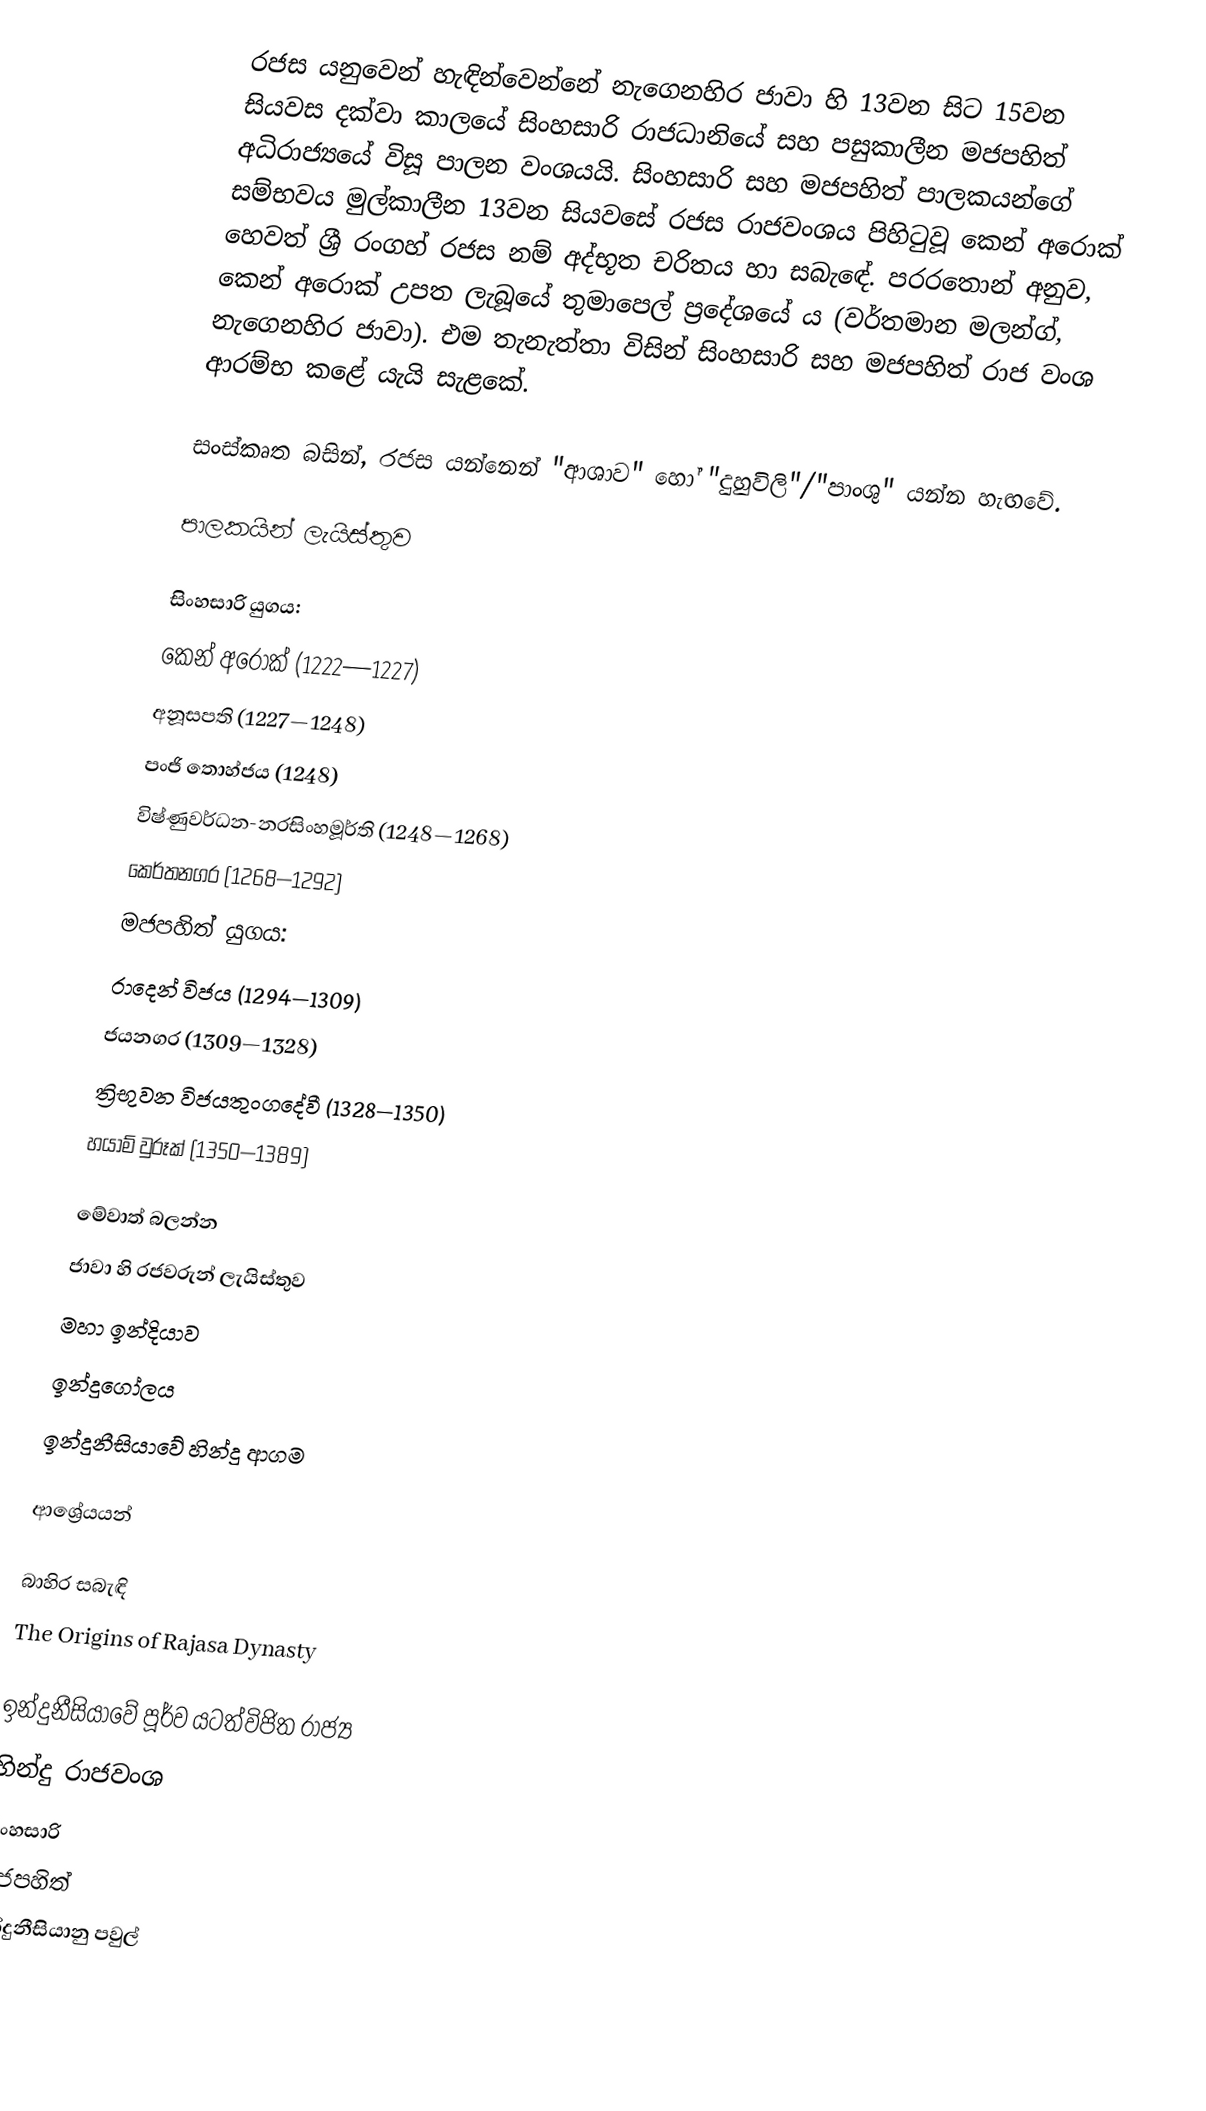
රජස යනුවෙන් හැඳින්වෙන්නේ නැගෙනහිර ජාවා හි 13වන සිට 15වන සියවස දක්වා කාලයේ සිංහසාරි රාජධානියේ සහ පසුකාලීන මජපහිත් අධිරාජ්‍යයේ විසූ පාලන වංශයයි. සිංහසාරි සහ මජපහිත් පාලකයන්ගේ සම්භවය මුල්කාලීන 13වන සියවසේ රජස රාජවංශය පිහිටුවූ කෙන් අරොක් හෙවත් ශ්‍රී රංගහ් රජස නම් අද්භූත චරිතය හා සබැඳේ. පරරතොන් අනුව, කෙන් අරොක් උපත ලැබූයේ තුමාපෙල් ප්‍රදේශයේ ය (වර්තමාන මලන්ග්, නැගෙනහිර ජාවා). එම තැනැත්තා විසින් සිංහසාරි සහ මජපහිත් රාජ වංශ ආරම්භ කළේ යැයි සැළකේ.

සංස්කෘත බසින්, රජස යන්නෙන් "ආශාව" හෝ "දුහුවිලි"/"පාංශු" යන්න හැඟවේ.

පාලකයින් ලැයිස්තුව

සිංහසාරි යුගය:
 කෙන් අරොක් (1222—1227)
 අනූසපති (1227—1248)
 පංජි තොහ්ජය (1248)
 විෂ්ණුවර්ධන-නරසිංහමූර්ති (1248—1268)
 කෙර්තනගර (1268—1292)
මජපහිත් ‍යුගය:
 රාදෙන් විජය (1294—1309)
 ජයනගර (1309—1328)
 ත්‍රිභුවන විජයතුංගදේවී (1328—1350)
 හයාම් වුරූක් (1350—1389)

මේවාත් බලන්න
 ජාවා හි රජවරුන් ලැයිස්තුව
මහා ඉන්දියාව
ඉන්දුගෝලය
ඉන්දුනීසියාවේ හින්දු ආගම

ආශ්‍රේයයන්

බාහිර සබැඳි
The Origins of Rajasa Dynasty

ඉන්දුනීසියාවේ පූර්ව යටත්විජිත රාජ්‍ය
හින්දු රාජවංශ
සිංහසාරි
මජපහිත්
ඉන්දුනීසියානු පවුල්